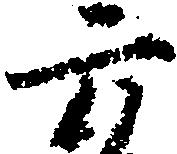
六